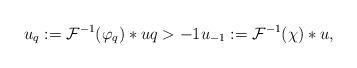
LaTeX: \begin{align*}u_q := \mathcal{F}^{-1}(\varphi_q)*u q>-1 u_{-1} := \mathcal{F}^{-1}(\chi)*u,\end{align*}